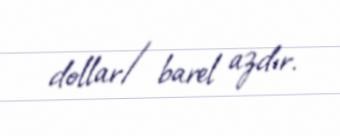
dollar/barel azdır.